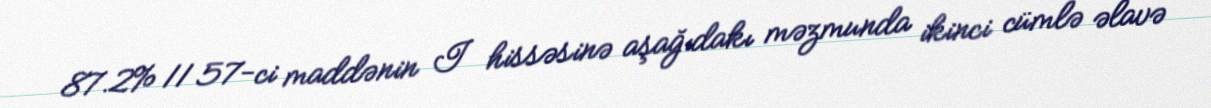
87.2% 11 57-ci maddənin I hissəsinə aşağıdakı məzmunda ikinci cümlə əlavə